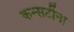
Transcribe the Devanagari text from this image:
कन्सर्टीना